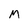
Character: m